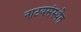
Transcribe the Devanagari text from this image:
नाटयसंस्थेत